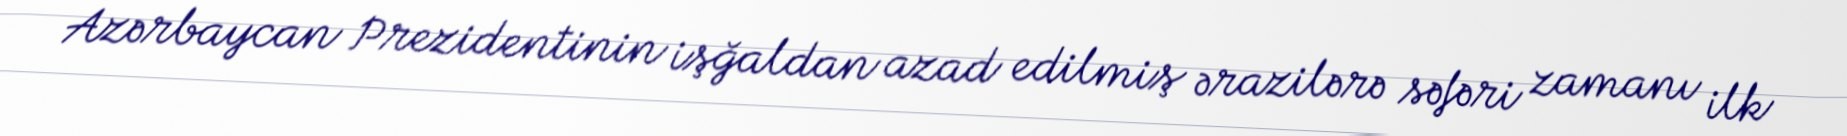
Azərbaycan Prezidentinin işğaldan azad edilmiş ərazilərə səfəri zamanı ilk